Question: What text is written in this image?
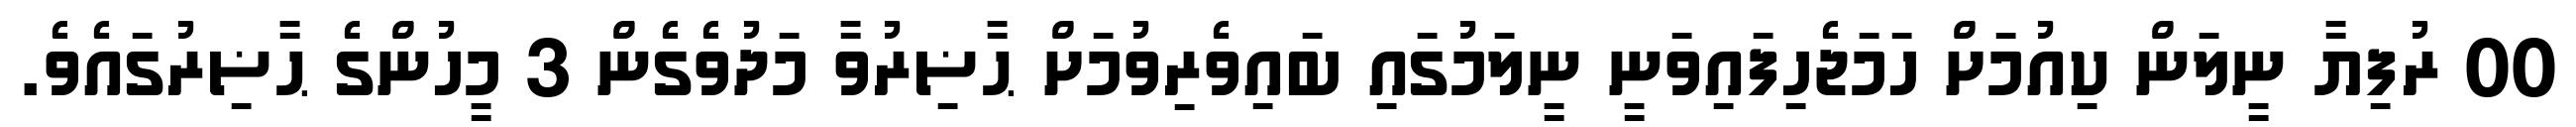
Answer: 00 ރުފިޔާ ނީލަން ކިއުމަށް ހަމަޖެހިފައިވަނީ ނީލަމުގައި ބައިވެރިވުމަށް ޙާޟިރުވާ މަދުވެގެން 3 މީހުންގެ ޙާޟިރުގައެވެ.